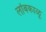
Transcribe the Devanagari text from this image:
लोंबकाळू